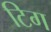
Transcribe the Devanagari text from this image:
टिग